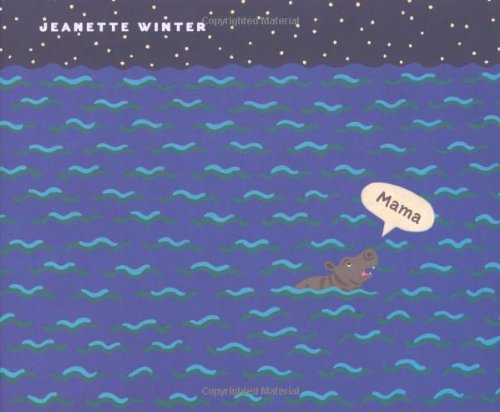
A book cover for MAMA: a TRUE story, in which a BABY HIPPO loses his MAMA during a TSUNAMI, but finds a new home, and a new MAMA; Jeanette Winter; Children's Books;